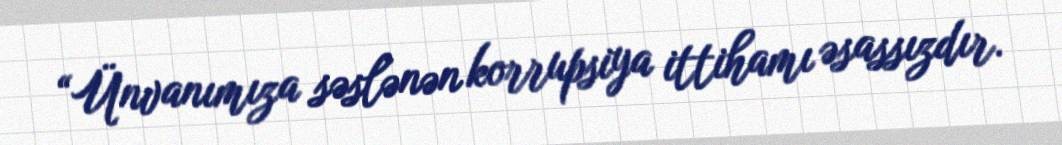
“Ünvanımıza səslənən korrupsiya ittihamı əsassızdır.